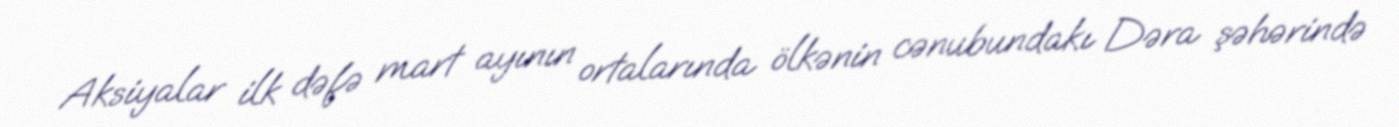
Aksiyalar ilk dəfə mart ayının ortalarında ölkənin cənubundakı Dəra şəhərində